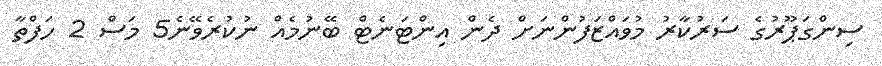
ސިންގަޕޫރުގެ ސަރުކާރު މުވައްޒަފުންނަށް ދެން އިންޓަނެޓް ބޭނުމެއް ނުކުރެވޭނެ5 މަސް 2 ހަފްތާ